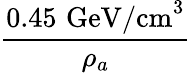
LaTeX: \frac{0.45\, \, \textrm{GeV/cm}^{3}}{\rho_{a}}